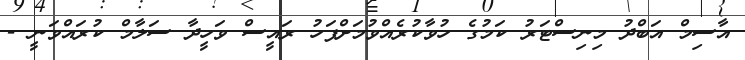
އާސިމް އަބްދު މިނިސްޓަރު ކަމުގެ ހުވާކުރެއްވުމަށްފަހު ރައީސް ވަހީދާ ސަލާމް ކުރައްވަނީ -